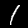
Digit: 1